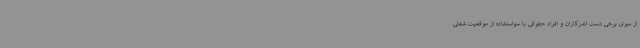
از سوی برخی دست اندرکاران و افراد حقوقی با سواستفاده از موقعیت شغلی